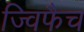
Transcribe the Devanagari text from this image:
ज्विफैच